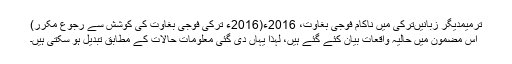
ترمیمدیگر زبانیںترکی میں ناکام فوجی بغاوت، 2016ء(2016ء ترکی فوجی بغاوت کی کوشش سے رجوع مکرر)
اس مضمون میں حالیہ واقعات بیان کئے گئے ہیں، لہذا یہاں دی گئی معلومات حالات کے مطابق تبدیل ہو سکتی ہیں۔